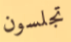
تجلسون